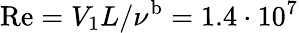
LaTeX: \mathrm{Re}=V_{1}L/\nu^{\mathrm{b}}=1.4\cdot 10^{7}